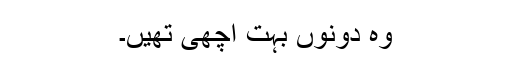
وہ دونوں بہت اچھی تھیں۔